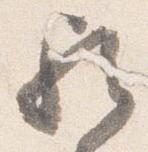
歟